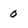
Character: 0